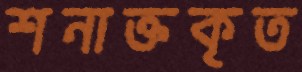
শনাক্তকৃত